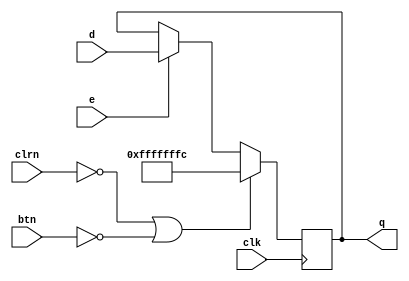
module pipepc (d,e,clk,clrn,q,btn);
   input  [31:0] d;
   input  clk,clrn,e,btn;
   output [31:0] q;
   reg    [31:0] q;
   always @ (posedge clk)
      if (clrn == 0 || btn==0 ) 
				q <= -4;
		else		
			if (e == 1) q <= d;
			
endmodule